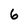
Character: 6